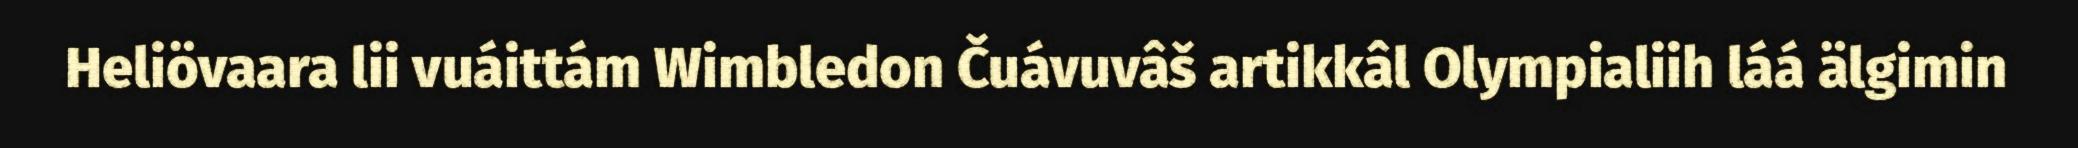
Heliövaara lii vuáittám Wimbledon Čuávuvâš artikkâl Olympialiih láá älgimin